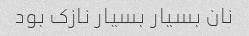
نان بسیار بسیار نازک بود